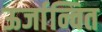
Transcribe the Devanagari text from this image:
ऊर्जान्वित